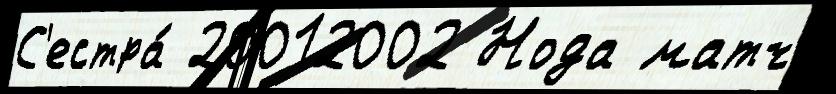
С'естра́ 20012002 Нода матч